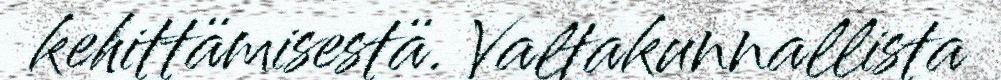
kehittämisestä. Valtakunnallista